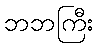
ဘဘကြီး